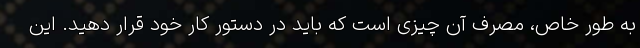
به طور خاص، مصرف آن چیزی است که باید در دستور کار خود قرار دهید. این